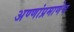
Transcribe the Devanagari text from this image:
अण्णांप्रमाणेच